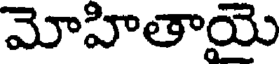
మోహితాయై